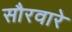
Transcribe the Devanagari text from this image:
सौरवारे